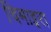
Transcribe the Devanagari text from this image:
चिमाइरा